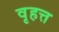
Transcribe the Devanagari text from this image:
वृहत्त